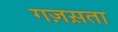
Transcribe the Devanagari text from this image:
गज़स़ता